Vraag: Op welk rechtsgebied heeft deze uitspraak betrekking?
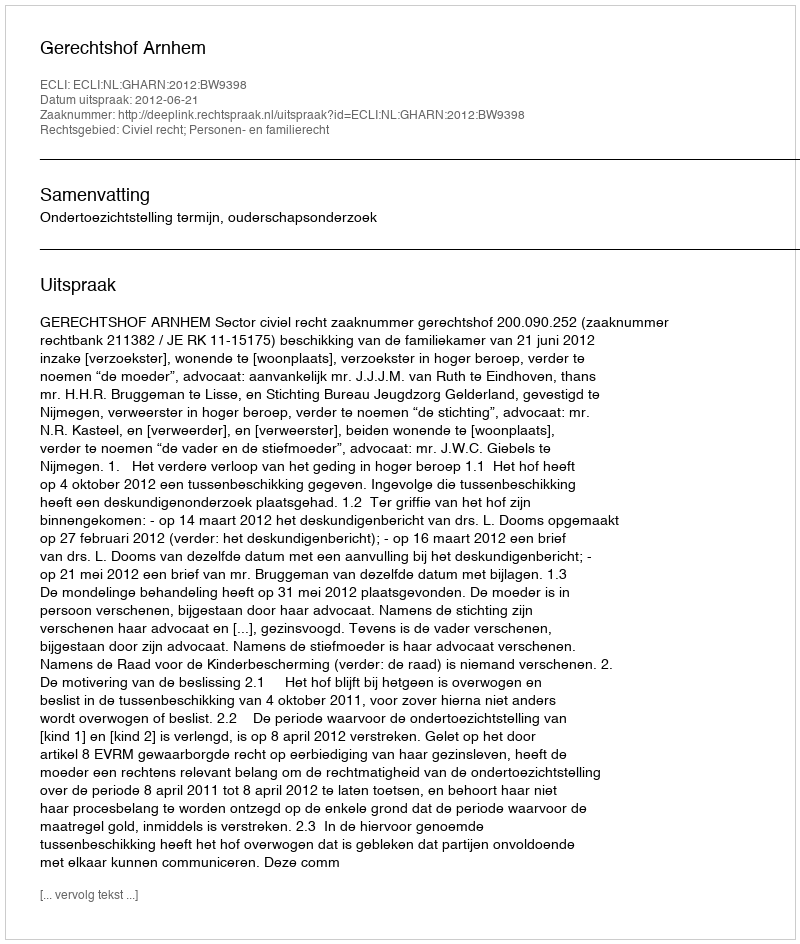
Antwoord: Civiel recht; Personen- en familierecht